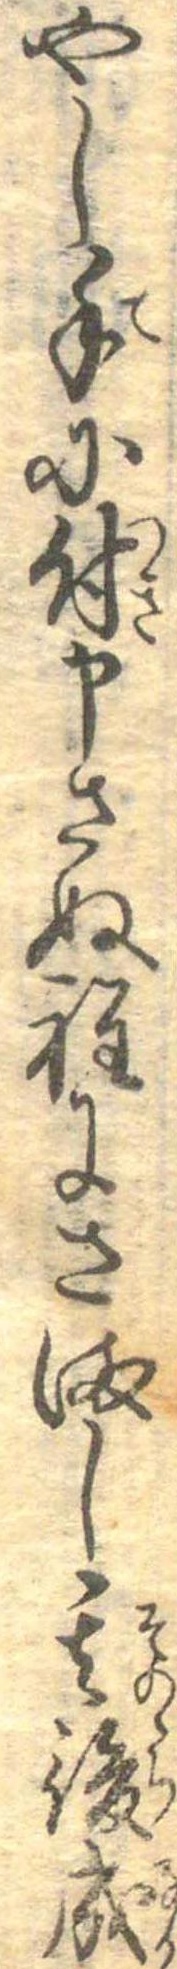
やし手に付申さぬ程にさまし其後成